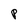
Character: P